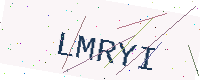
Text: LMRYI